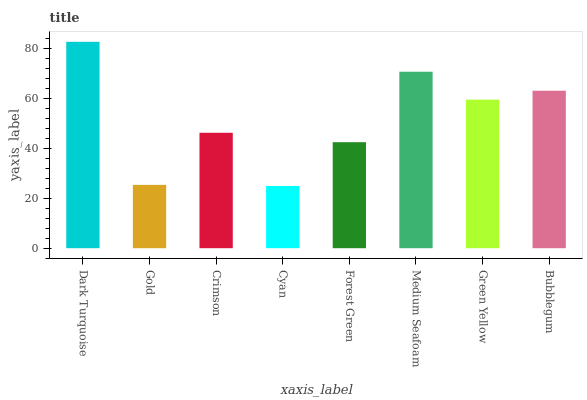
| xaxis_label | bars |
 | --- | --- |
 | Dark Turquoise | 82.7 |
 | Gold | 25.4 |
 | Crimson | 46.3 |
 | Cyan | 24.9 |
 | Forest Green | 42.5 |
 | Medium Seafoam | 70.7 |
 | Green Yellow | 59.6 |
 | Bubblegum | 63.1 |